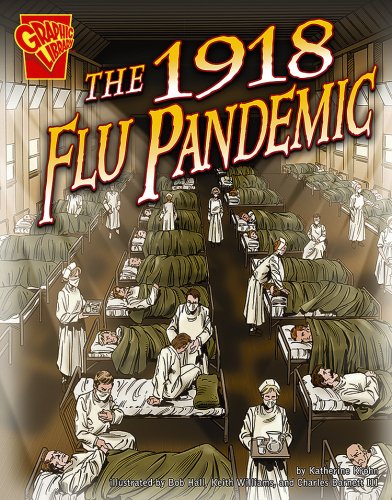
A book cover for The 1918 Flu Pandemic (Disasters in History); Katherine Krohn; Children's Books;